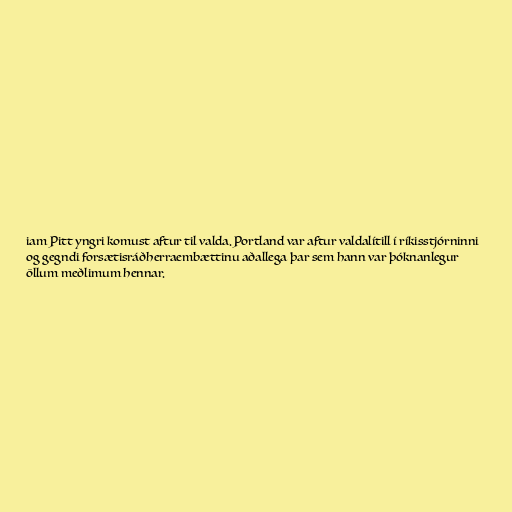
iam Pitt yngri komust aftur til valda. Portland var aftur valdalítill í ríkisstjórninni
og gegndi forsætisráðherraembættinu aðallega þar sem hann var þóknanlegur
öllum meðlimum hennar.